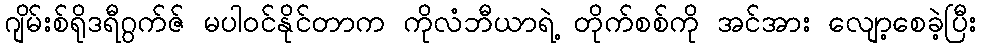
ဂျိမ်းစ်ရိုဒရီဂွက်ဇ် မပါဝင်နိုင်တာက ကိုလံဘီယာရဲ့ တိုက်စစ်ကို အင်အား လျော့စေခဲ့ပြီး